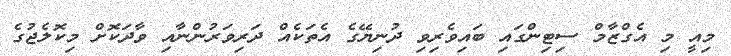
މިއީ މި އެގްޒާމް ސިޓިންގައި ބައިވެރިވި ދުނިޔޭގެ އެތަކެއް ދަރިވަރުންނާއި ވާދަކޮށް މިކޮލެޖުގެ